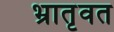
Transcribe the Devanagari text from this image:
भ्रातृवत